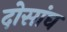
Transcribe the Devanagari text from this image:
दोसांघ